Bréfritari: Sólveig Pétursdóttir
Viðtakandi: Björg Jónsdóttir
Dagsetning: A-1874-01-15
Skrifað á: Bakka
Björg var kona Bened. í Tungu

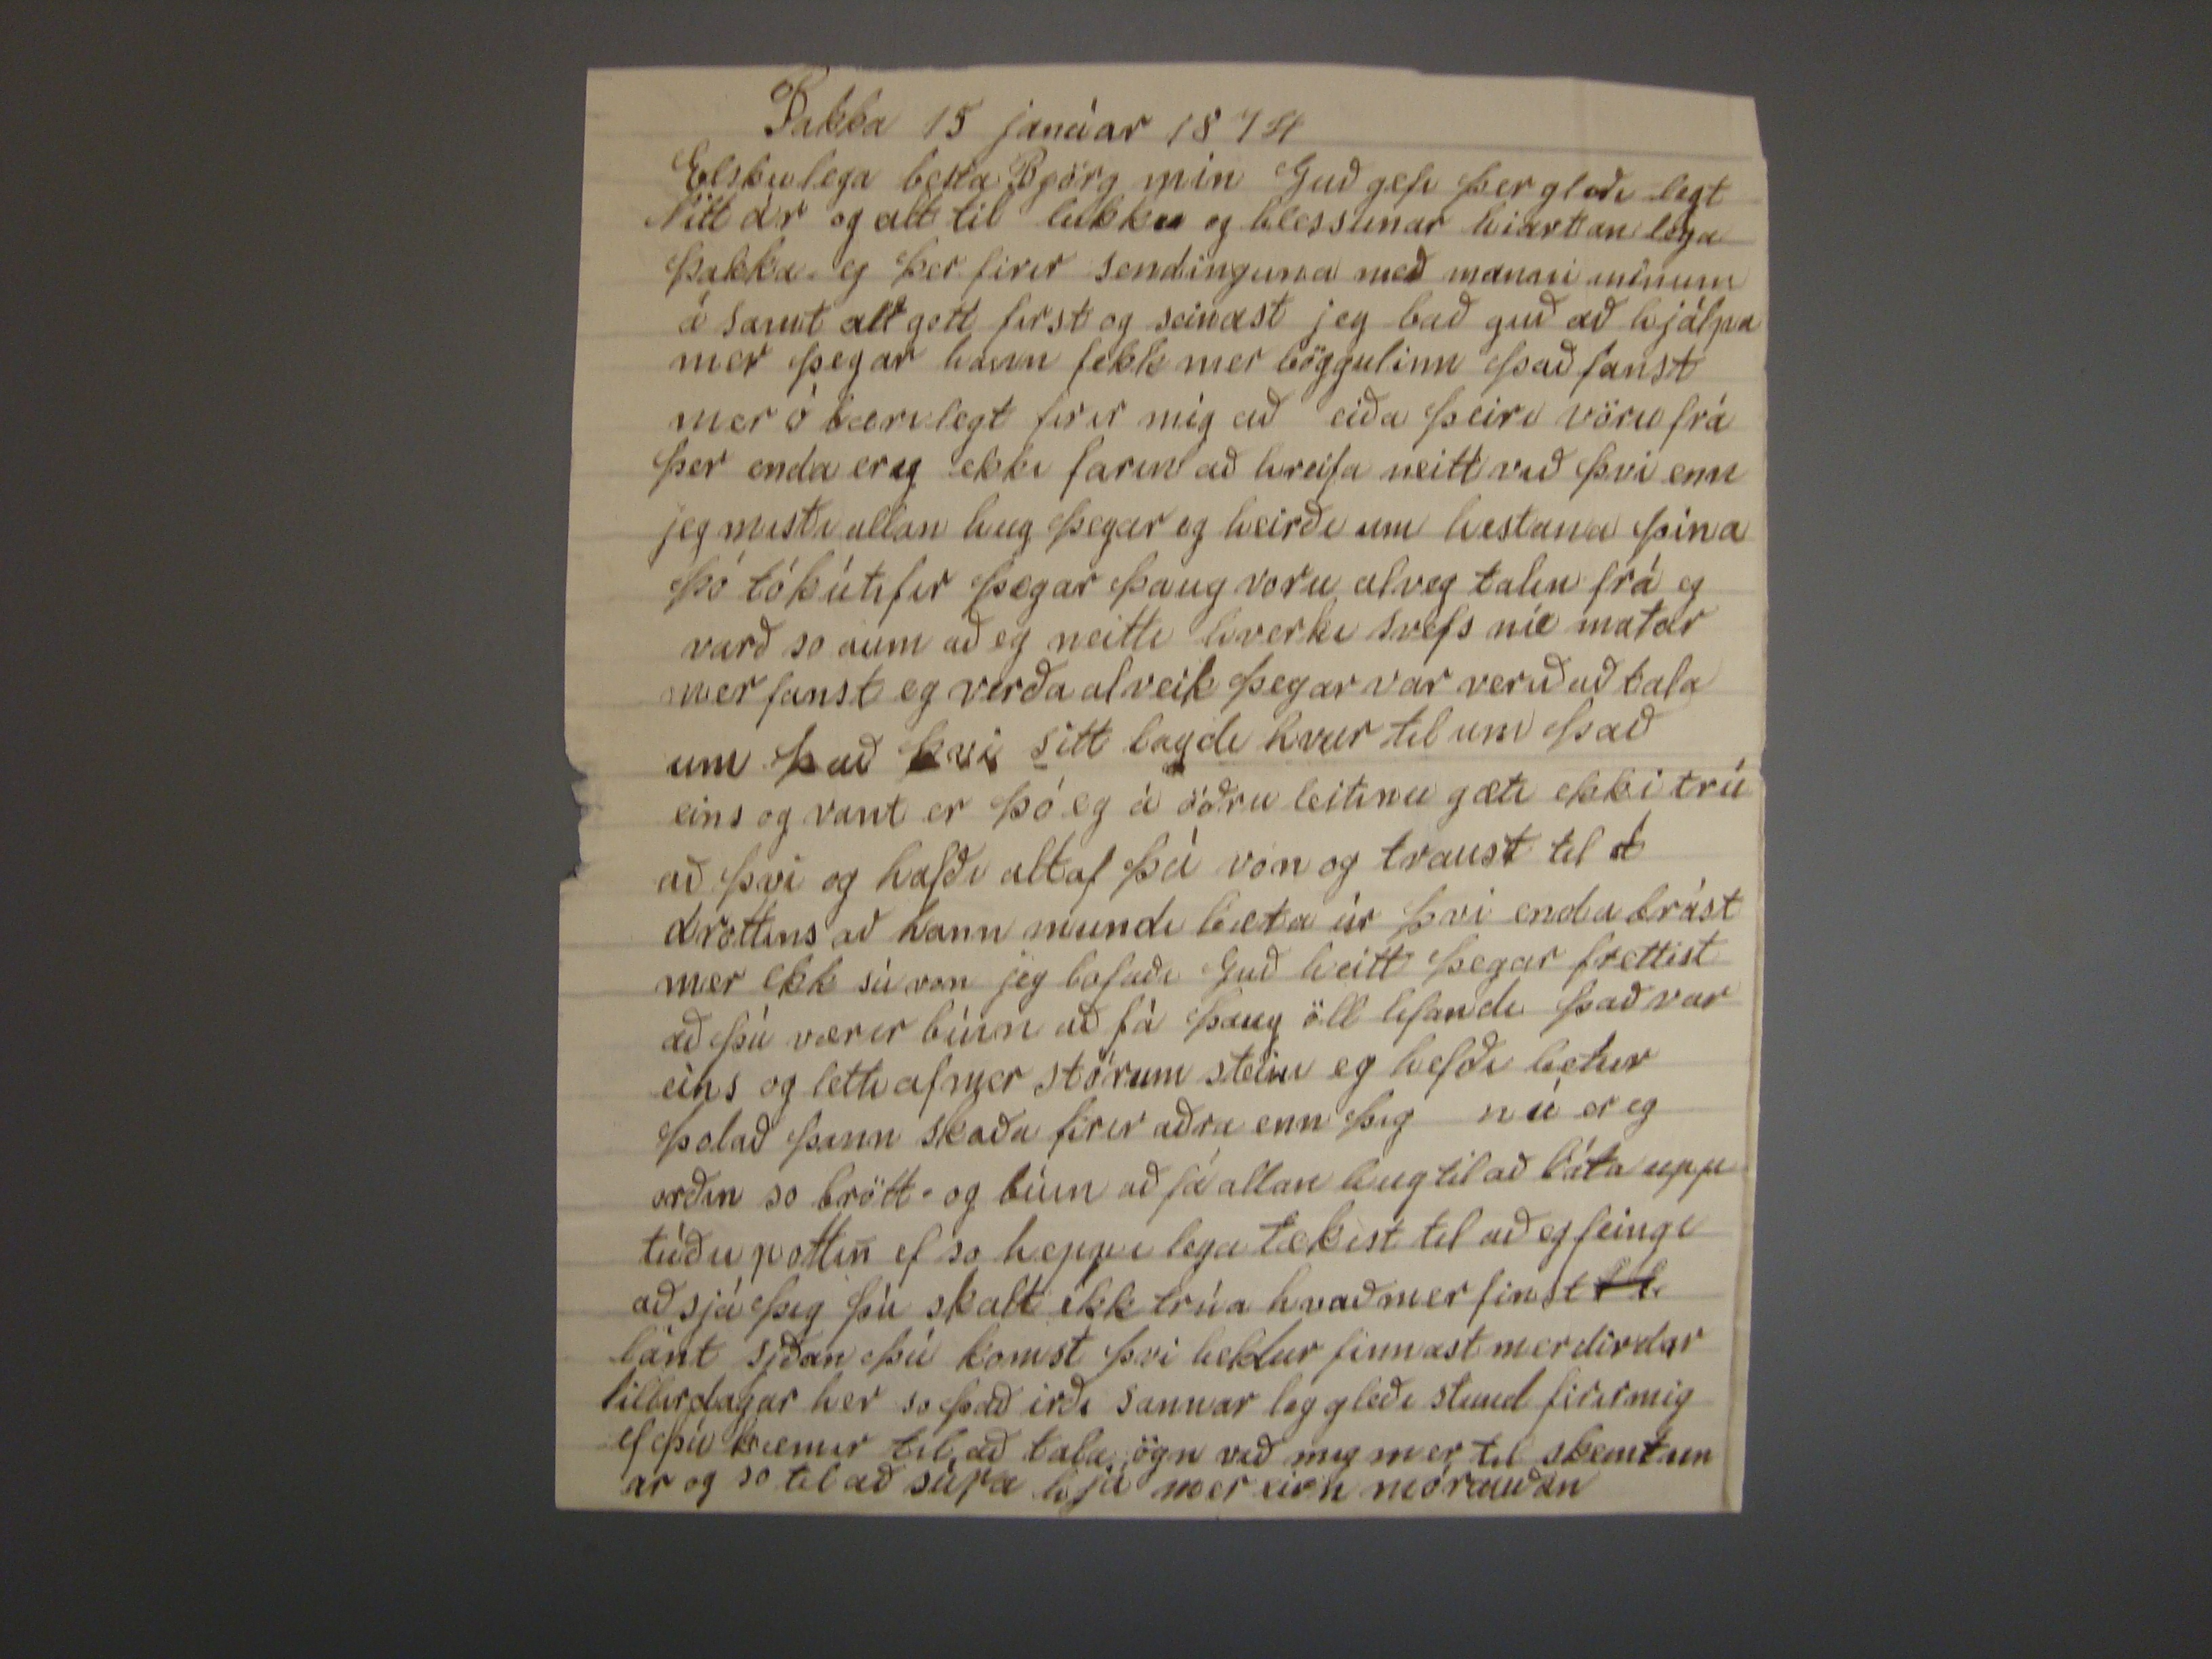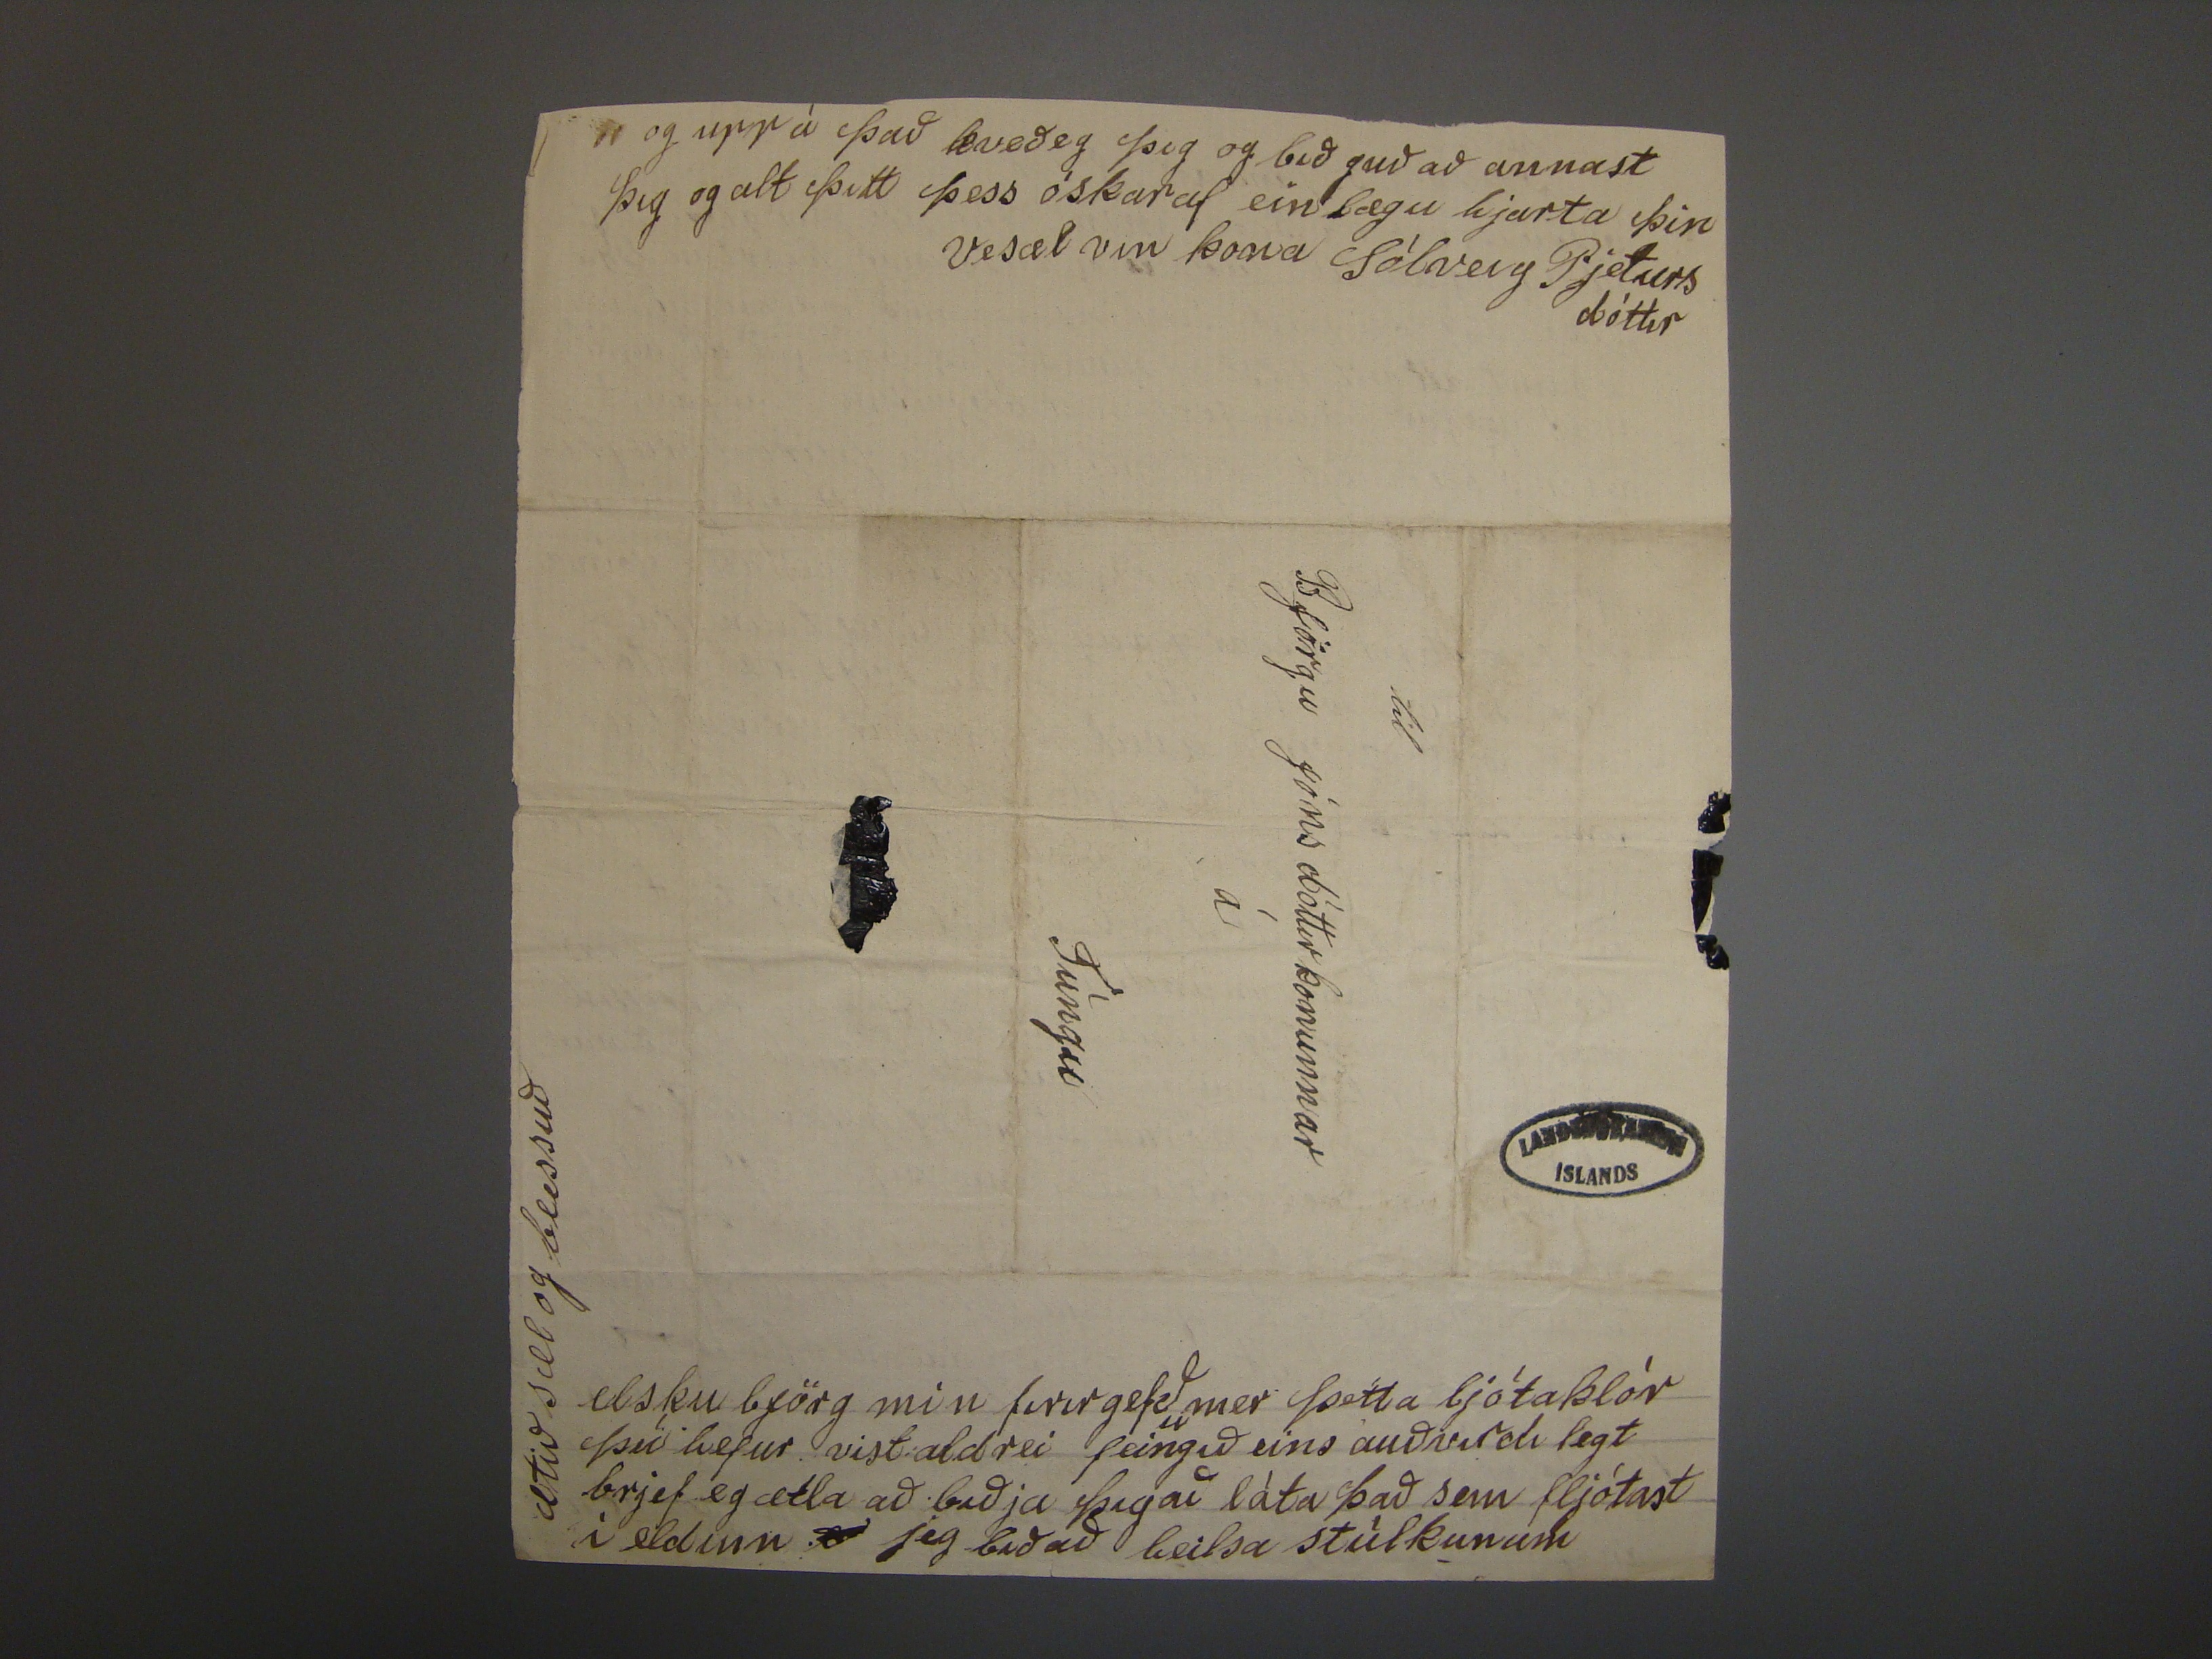

Bakka 15 janúar 1874
Elskulega besta Björg min Guð gefi þer gleði legt Nitt ár og alt til lukku og blessunar hiartan lega þakka eg þer firir sendinguna með manni minum á samt alt gott
first og seinast jeg bað guð að hjálpa mer þegar hann fekk mer böggulinn það fanst mer ó bærilegt firir mig að eiða þeiri vöru frá þer enda ereg ekki farin að hreifa
neitt við þvi enn jeg mesta allan hug þegar eg heirði um hestana þina þó tók úti fer þegar þaug voru alveg talin frá og varð so aum að eg neitti hverki svefs nie matar
mer fanst eg verða alveik þegar var verið að tala um það þvi sitt
bagdi
hvur til um það eins og vant er þó eg á öðru leitinu gæti ekki trúað þvi
og hafði altaf þá von og traust til d drottins að hann mundi bæta úr þvi enda brást mer ekk sú von jeg lofaði Guð heitt þegar frettist að þú værir búin að fá þaug öll
lifandi það var eins og letti af mer stórum stein eg hefði betur þolað þann skaða firir aðra enn þig nú er eg orðin so brött og búin að fá allan hug til að láta upp túðu
pottin ef so heppi lega tækist til að eg feingi að sá þig þú skalt ekk trúa hvað mer finst
??
lánt síðan þú komst þvi heldur finnast mer dirdar
lillirdagar her so það irði sannar leg gleði stund firir mig ef þú kæmir til að tala ögn við mig mer til skemtunar og so til að súpa hjá mer
eirn mórauðn
og upp á það kveð eg þig og bið guð að annast þig og alt þitt þess óskar af einlægu hjarta þin vesæl vin kona Sólveig Pjetursdóttir
til
Björgu Jónsdóttur konunnar
á
Túngu
elsku björg mkin firirgefð
u
mer þetta ljóta klór þú hefur vist aldrei feingið eins auðvirdi legt brjef eg ætla að
biðja þig að láta það sem fljótast i eldinn
e
jeg bið að heilsa stúlkunum
ætið sæl og blessuð